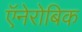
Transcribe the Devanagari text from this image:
ऍनेरोबिक